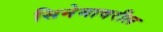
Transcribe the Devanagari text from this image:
सिनेमावरील